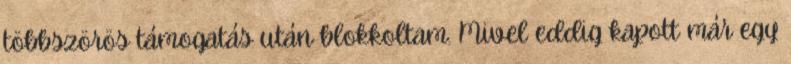
többszörös támogatás után blokkoltam. Mivel eddig kapott már egy